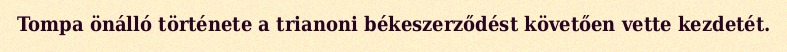
Tompa önálló története a trianoni békeszerződést követően vette kezdetét.